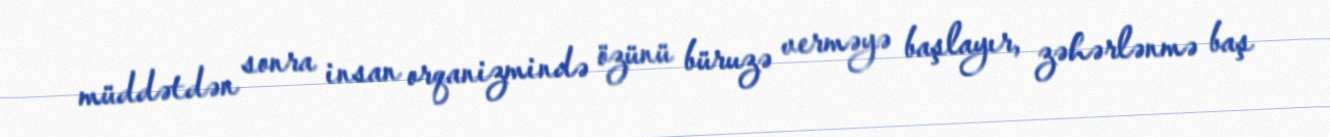
müddətdən sonra insan orqanizmində özünü büruzə verməyə başlayır, zəhərlənmə baş